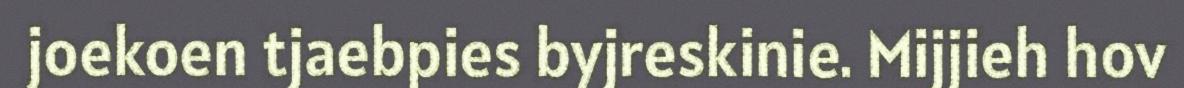
joekoen tjaebpies byjreskinie. Mijjieh hov